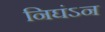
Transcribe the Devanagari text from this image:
निघंऽन